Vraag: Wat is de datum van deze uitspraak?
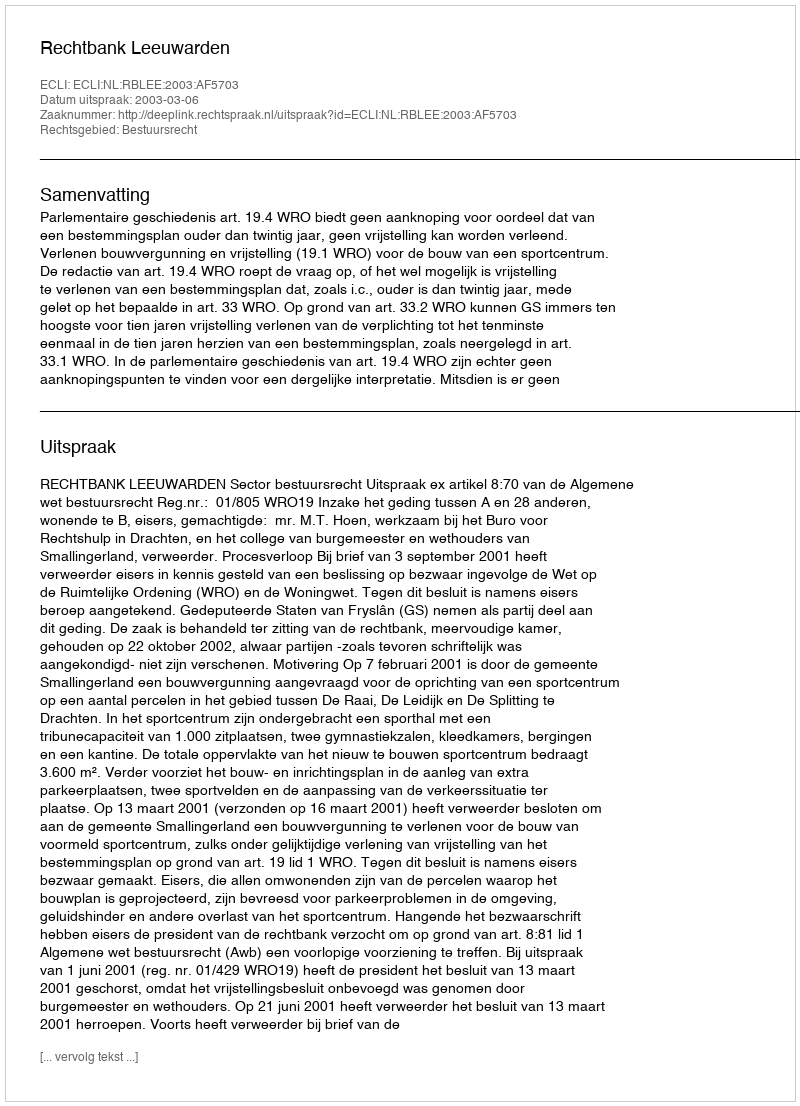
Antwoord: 2003-03-06